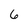
Character: 6